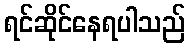
ရင်ဆိုင်နေရပါသည်